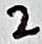
Text: 2